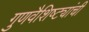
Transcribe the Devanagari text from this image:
गुणवैशिष्ट्यांची